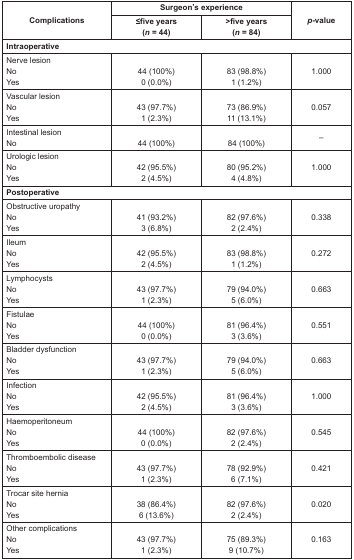
<table><thead><tr><td rowspan="2"><b>Complications</b></td><td colspan="2"><b>Surgeon’s experience</b></td><td rowspan="2"><b><i>p</i>-value</b></td></tr><tr><td><b>≤five years(<i>n</i> = 44)</b></td><td><b>&gt;five years(<i>n</i> = 84)</b></td></tr></thead><tbody><tr><td colspan="4"><b>Intraoperative</b></td></tr><tr><td>Nerve lesionNoYes</td><td>44 (100%)0 (0.0%)</td><td>83 (98.8%)1 (1.2%)</td><td>1.000</td></tr><tr><td>Vascular lesion NoYes</td><td>43 (97.7%)1 (2.3%)</td><td>73 (86.9%)11 (13.1%)</td><td>0.057</td></tr><tr><td>Intestinal lesionNo</td><td>44 (100%)</td><td>84 (100%)</td><td>–</td></tr><tr><td>Urologic lesionNoYes</td><td>42 (95.5%)2 (4.5%)</td><td>80 (95.2%)4 (4.8%)</td><td>1.000</td></tr><tr><td colspan="4"><b>Postoperative</b></td></tr><tr><td>Obstructive uropathyNoYes</td><td>41 (93.2%)3 (6.8%)</td><td>82 (97.6%)2 (2.4%)</td><td>0.338</td></tr><tr><td>IleumNoYes</td><td>42 (95.5%)2 (4.5%)</td><td>83 (98.8%)1 (1.2%)</td><td>0.272</td></tr><tr><td>LymphocystsNoYes</td><td>43 (97.7%)1 (2.3%)</td><td>79 (94.0%)5 (6.0%)</td><td>0.663</td></tr><tr><td>FistulaeNo Yes</td><td>44 (100%)0 (0.0%)</td><td>81 (96.4%)3 (3.6%)</td><td>0.551</td></tr><tr><td>Bladder dysfunctionNoYes</td><td>43 (97.7%)1 (2.3%)</td><td>79 (94.0%)5 (6.0%)</td><td>0.663</td></tr><tr><td>InfectionNoYes</td><td>42 (95.5%)2 (4.5%)</td><td>81 (96.4%)3 (3.6%)</td><td>1.000</td></tr><tr><td>HaemoperitoneumNo Yes</td><td>44 (100%)0 (0.0%)</td><td>82 (97.6%)2 (2.4%)</td><td>0.545</td></tr><tr><td>Thromboembolic diseaseNoYes</td><td>43 (97.7%)1 (2.3%)</td><td>78 (92.9%)6 (7.1%)</td><td>0.421</td></tr><tr><td>Trocar site herniaNo Yes</td><td>38 (86.4%)6 (13.6%)</td><td>82 (97.6%)2 (2.4%)</td><td>0.020</td></tr><tr><td>Other complicationsNo Yes</td><td>43 (97.7%)1 (2.3%)</td><td>75 (89.3%)9 (10.7%)</td><td>0.163</td></tr></tbody></table>